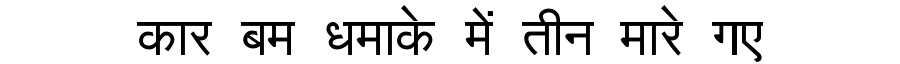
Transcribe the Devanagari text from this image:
कार बम धमाके में तीन मारे गए